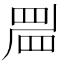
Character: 𥆞